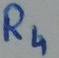
Text: R4